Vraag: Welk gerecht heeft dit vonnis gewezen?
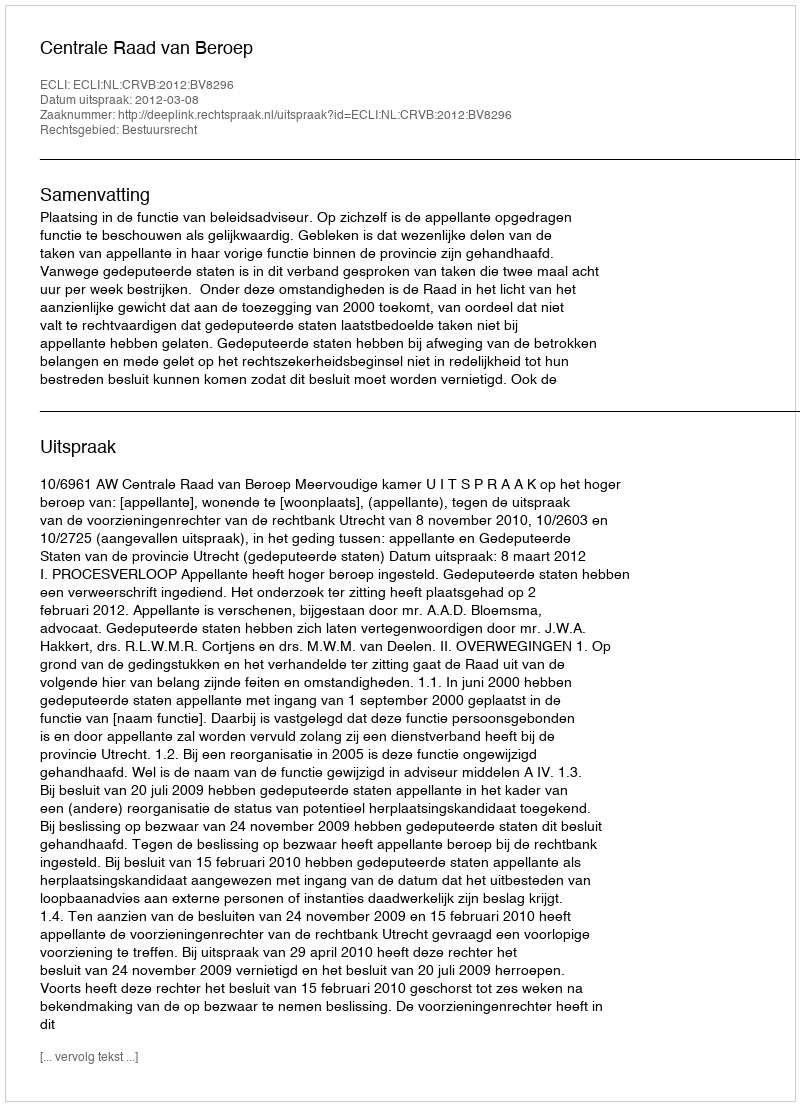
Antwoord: Centrale Raad van Beroep